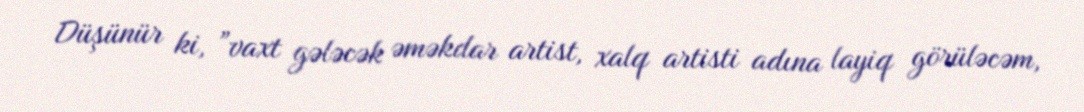
Düşünür ki, ”vaxt gələcək əməkdar artist, xalq artisti adına layiq görüləcəm,